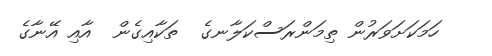
ހަމަކަށަވަރުން ތިމަންރަސްކަލާނގެ  ތަކާއިގެން  އާއި އޭނާގެ